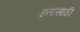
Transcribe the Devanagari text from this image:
छतासाठी